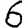
Digit: 6